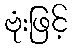
ဗုံးဖြင့်